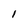
Character: I